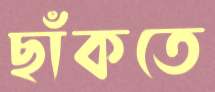
ছাঁকতে